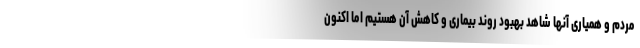
مردم و همیاری آنها شاهد بهبود روند بیماری و کاهش آن هستیم اما اکنون